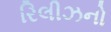
રિલીઝનો